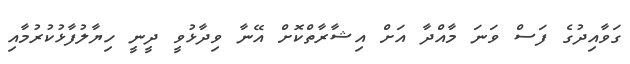
ގަވާއިދުގެ ފަސް ވަނަ މާއްދާ އަށް އިޝާރާތްކޮށް އޭނާ ވިދާޅުވީ ދީނީ ހިޔާލުފާޅުކުރުމާއި